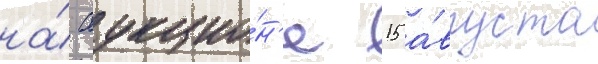
на́ аукцио́н'е 15 а́вгуста